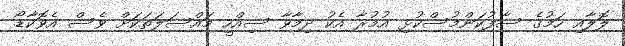
ލޮލާއި ހަމުގެ ސާފުކަންމުސްކުޅި އުމުރާ އެކު ދިމާވާ ސިއްހީ މައްސަލަތަކަށް ވެސް އެވޮކާޑޯ